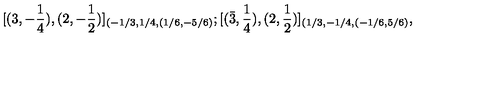
[ ( 3 , - { \frac { 1 } { 4 } } ) , ( 2 , - { \frac { 1 } { 2 } } ) ] _ { ( - 1 / 3 , 1 / 4 , ( 1 / 6 , - 5 / 6 ) } ; [ ( \bar { 3 } , { \frac { 1 } { 4 } } ) , ( 2 , { \frac { 1 } { 2 } } ) ] _ { ( 1 / 3 , - 1 / 4 , ( - 1 / 6 , 5 / 6 ) } ,